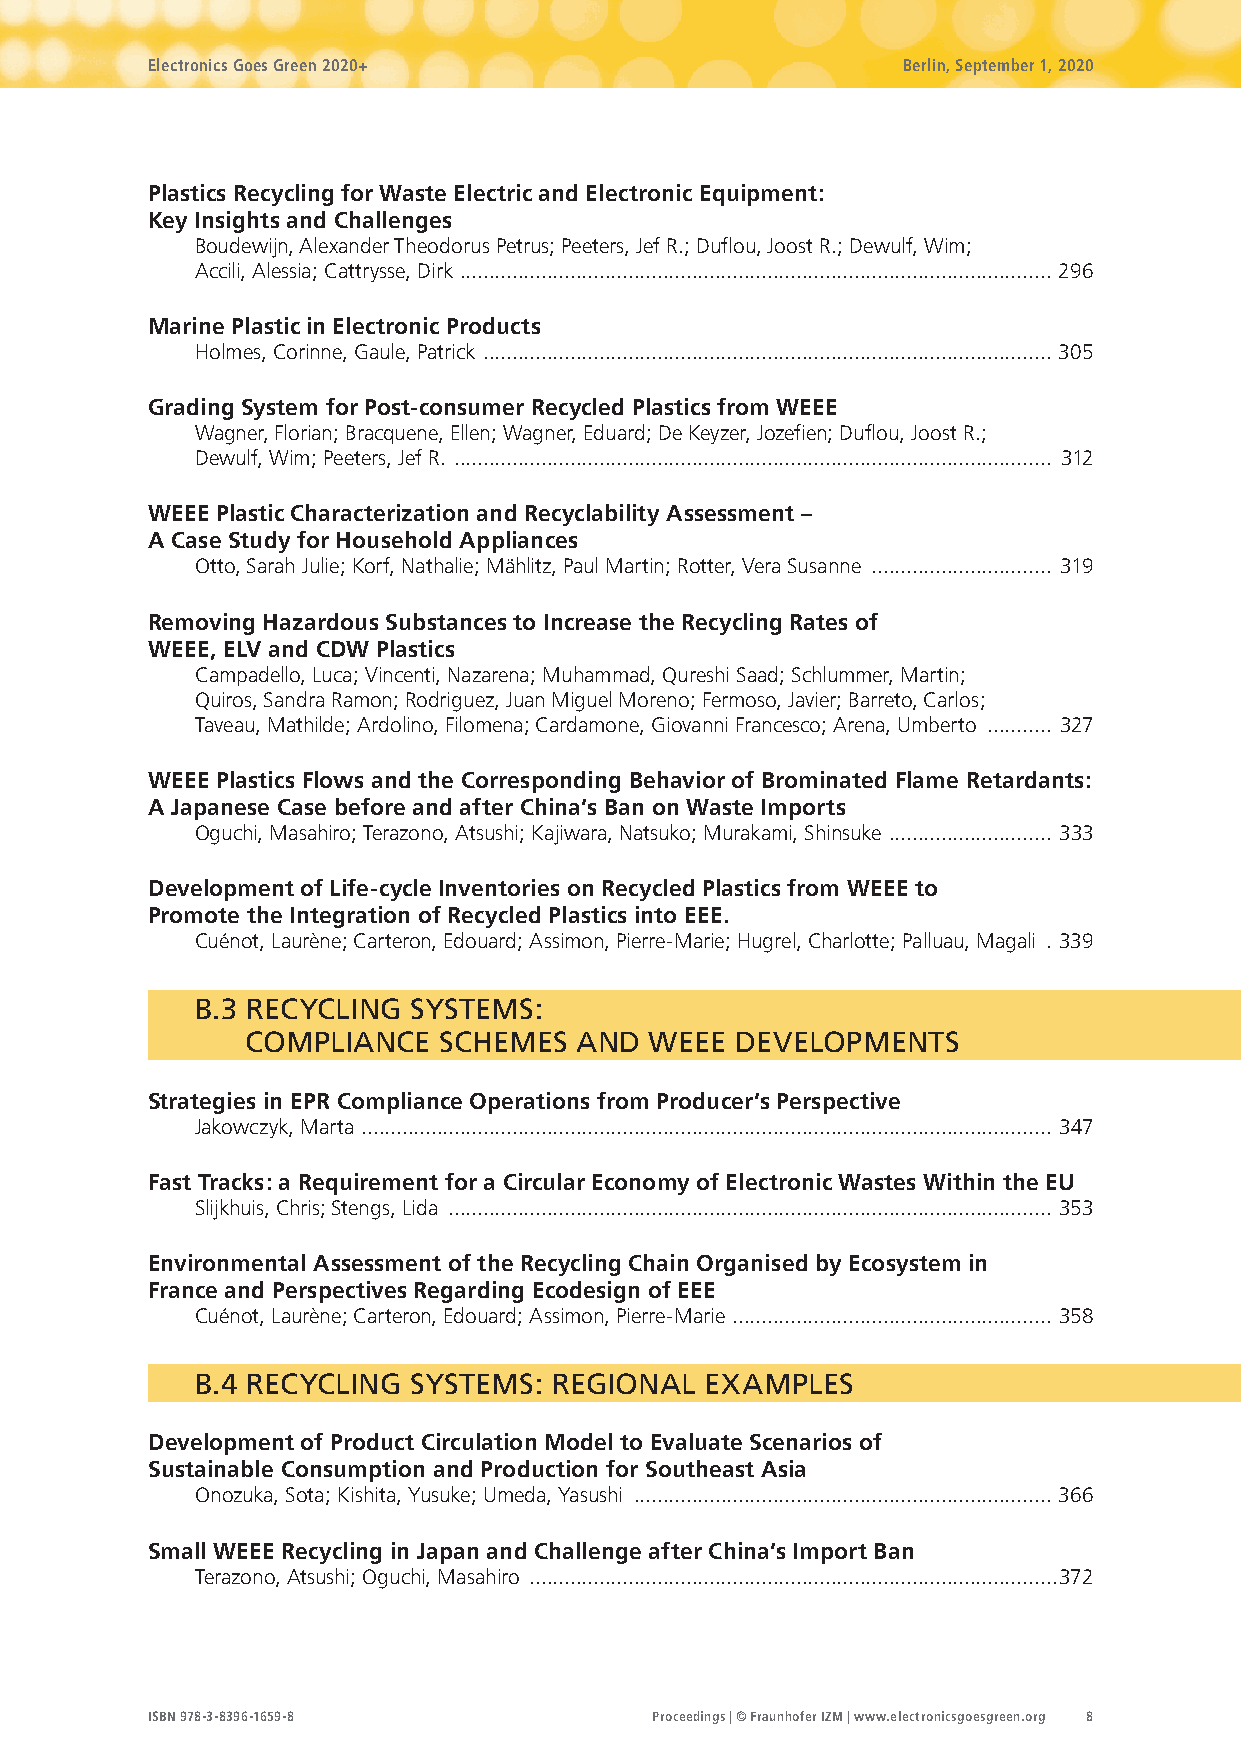
Electronics Goes Green 2020+                      Berlin, September 1, 2020
 Plastics Recycling for Waste Electric and Electronic Equipment:
 Key Insights and Challenges
 Boudewijn, Alexander Theodorus Petrus; Peeters, Jef R.; Duflou, Joost R.; Dewulf, Wim;
 Accili, Alessia; Cattrysse, Dirk ...................................................................................................... 296
 Marine Plastic in Electronic Products
 Holmes, Corinne, Gaule, Patrick .................................................................................................. 305
 Grading System for Post-consumer Recycled Plastics from WEEE
 Wagner, Florian; Bracquene, Ellen; Wagner, Eduard; De Keyzer, Jozefien; Duflou, Joost R.;
 Dewulf, Wim; Peeters, Jef R. ....................................................................................................... 312
 WEEE Plastic Characterization and Recyclability Assessment –
 A Case Study for Household Appliances
 Otto, Sarah Julie; Korf, Nathalie; Mählitz, Paul Martin; Rotter, Vera Susanne ............................... 319
 Removing Hazardous Substances to Increase the Recycling Rates of
 WEEE, ELV and CDW Plastics
 Campadello, Luca; Vincenti, Nazarena; Muhammad, Qureshi Saad; Schlummer, Martin;
 Quiros, Sandra Ramon; Rodriguez, Juan Miguel Moreno; Fermoso, Javier; Barreto, Carlos;
 Taveau, Mathilde; Ardolino, Filomena; Cardamone, Giovanni Francesco; Arena, Umberto ........... 327
 WEEE Plastics Flows and the Corresponding Behavior of Brominated Flame Retardants:
 A Japanese Case before and after China’s Ban on Waste Imports
 Oguchi, Masahiro; Terazono, Atsushi; Kajiwara, Natsuko; Murakami, Shinsuke ............................ 333
 Development of Life-cycle Inventories on Recycled Plastics from WEEE to
 Promote the Integration of Recycled Plastics into EEE.
 Cuénot, Laurène; Carteron, Edouard; Assimon, Pierre-Marie; Hugrel, Charlotte; Palluau, Magali . 339
 B.3 RECYCLING SYSTEMS:
 COMPLIANCE   SCHEMES  AND  WEEE  DEVELOPMENTS
 Strategies in EPR Compliance Operations from Producer’s Perspective
 Jakowczyk, Marta ....................................................................................................................... 347
 Fast Tracks: a Requirement for a Circular Economy of Electronic Wastes Within the EU
 Slijkhuis, Chris; Stengs, Lida ........................................................................................................ 353
 Environmental Assessment of the Recycling Chain Organised by Ecosystem in
 France and Perspectives Regarding Ecodesign of EEE
 Cuénot, Laurène; Carteron, Edouard; Assimon, Pierre-Marie ....................................................... 358
 B.4 RECYCLING SYSTEMS:  REGIONAL  EXAMPLES
 Development of Product Circulation Model to Evaluate Scenarios of
 Sustainable Consumption and Production for Southeast Asia
 Onozuka, Sota; Kishita, Yusuke; Umeda, Yasushi ........................................................................ 366
 Small WEEE Recycling in Japan and Challenge after China’s Import Ban
 Terazono, Atsushi; Oguchi, Masahiro ...........................................................................................372
 ISBN 978-3-8396-1659-8           Proceedings | © Fraunhofer IZM | www.electronicsgoesgreen.org 8